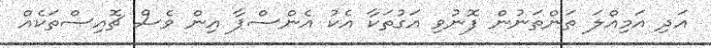
އަދި އަމިއްލަ ތަންތަނުން ފޮނުވި އަގުތަކާ އެކު އެންސްޕާ އިން ވެސް ޗޮއިސްތަކެއް